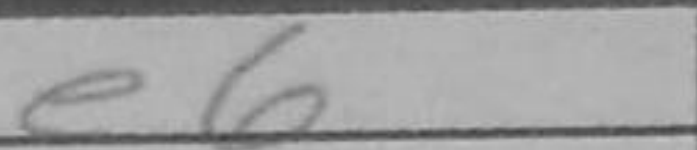
Transcription: e6